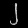
Digit: ၂